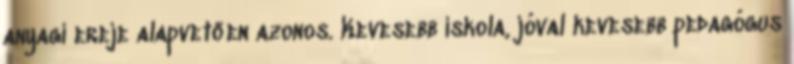
anyagi ereje alapvetően azonos. Kevesebb iskola, jóval kevesebb pedagógus